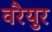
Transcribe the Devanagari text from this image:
वरैयुर